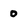
Character: 0